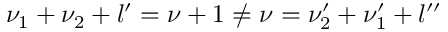
\nu _ { 1 } + \nu _ { 2 } + l ^ { \prime } = \nu + 1 \neq \nu = \nu _ { 2 } ^ { \prime } + \nu _ { 1 } ^ { \prime } + l ^ { \prime \prime }